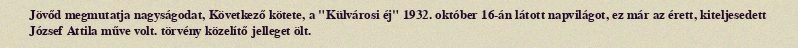
Jövőd megmutatja nagyságodat, Következő kötete, a "Külvárosi éj" 1932. október 16-án látott napvilágot, ez már az érett, kiteljesedett József Attila műve volt. törvény közelítő jelleget ölt.